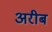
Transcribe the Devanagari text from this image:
अरीब